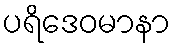
ပရိဒေဝမာနာ